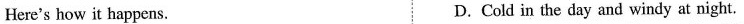
Here's how it happens. D. Cold in the day and windy at night.